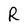
Character: R